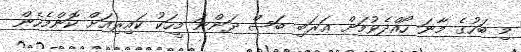
މި ބަހުގެ މާނަ ހޯއްދެވުމަށް ޢަރަބި ބަސް ދަންނަ މީހަކު ކައިރިއަށް ކޮންމެހެން